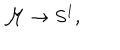
LaTeX: { \cal { M } } \rightarrow S ^ { 1 } ,